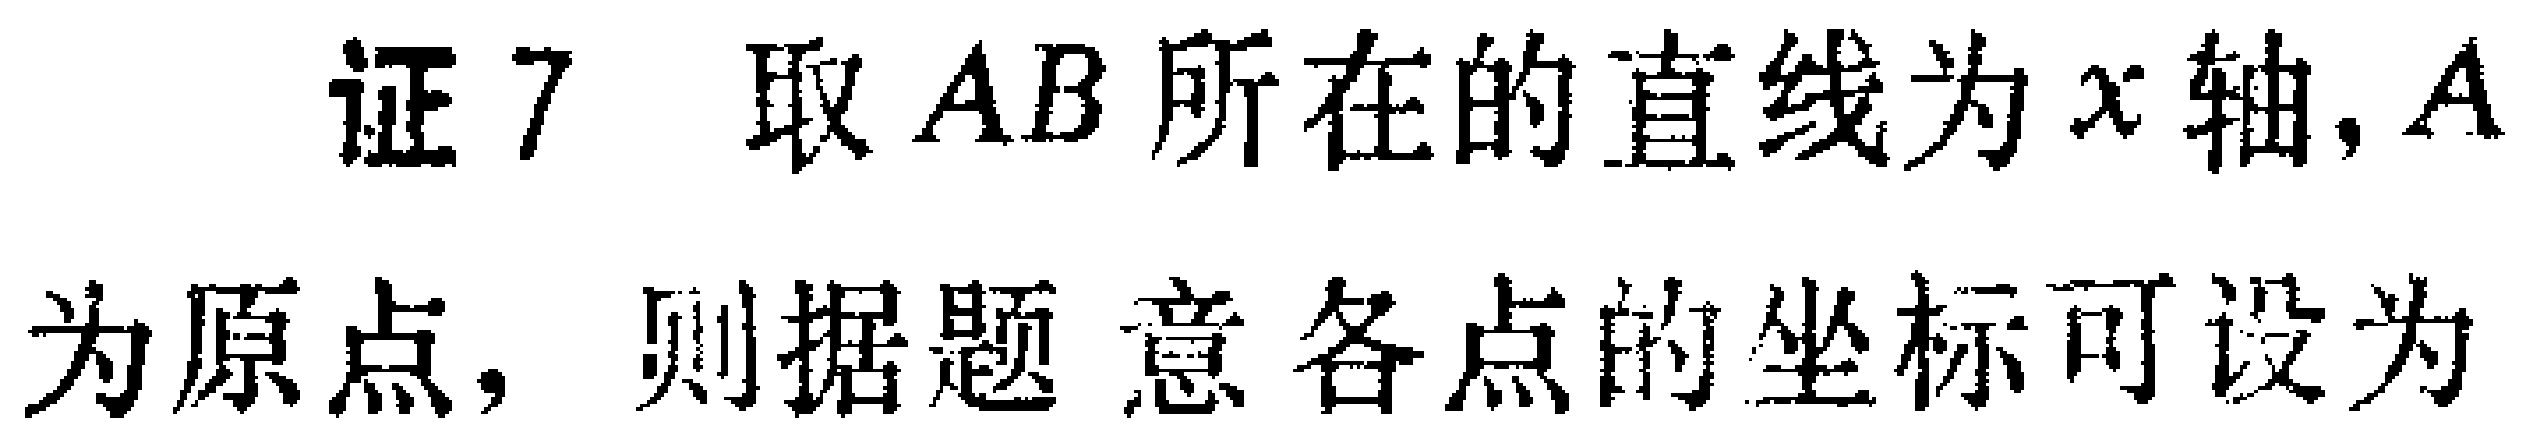
证7 取 \(AB\) 所在的直线为 \(x\) 轴, \(A\) 为原点, 则据题意各点的坐标可设为